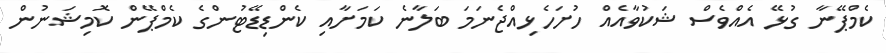
ކެމްޕޭނާ ގުޅޭ އެއްވެސް ޝަކުވާއެއް ހުށަހެޅިއްޖެނަމަ ބަލާނެ ކަމަށާއި ކެންޑިޑޭޓުންގެ ކެމްޕޭން ކޮމިޝަނުން